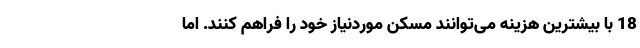
18 با بیشترین هزینه می‌توانند مسکن موردنیاز خود را فراهم کنند. اما